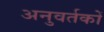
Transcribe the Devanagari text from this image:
अनुवर्तकों